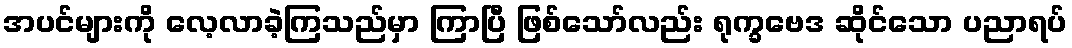
အပင်များကို လေ့လာခဲ့ကြသည်မှာ ကြာပြီ ဖြစ်သော်လည်း ရုက္ခဗေဒ ဆိုင်သော ပညာရပ်